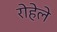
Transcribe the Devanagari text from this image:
रोहेले